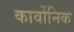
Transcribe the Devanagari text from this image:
कार्वोनिक